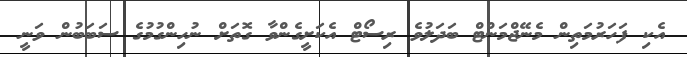
އެކި ފަހަރުމަތިން މެނޭޖްމަންޓް ބަދަލުވެ ރިސޯޓް އެކަށީގެންވާ ގޮތަށް ނުހިންގުމުގެ ސަބަބުން ވަނީ